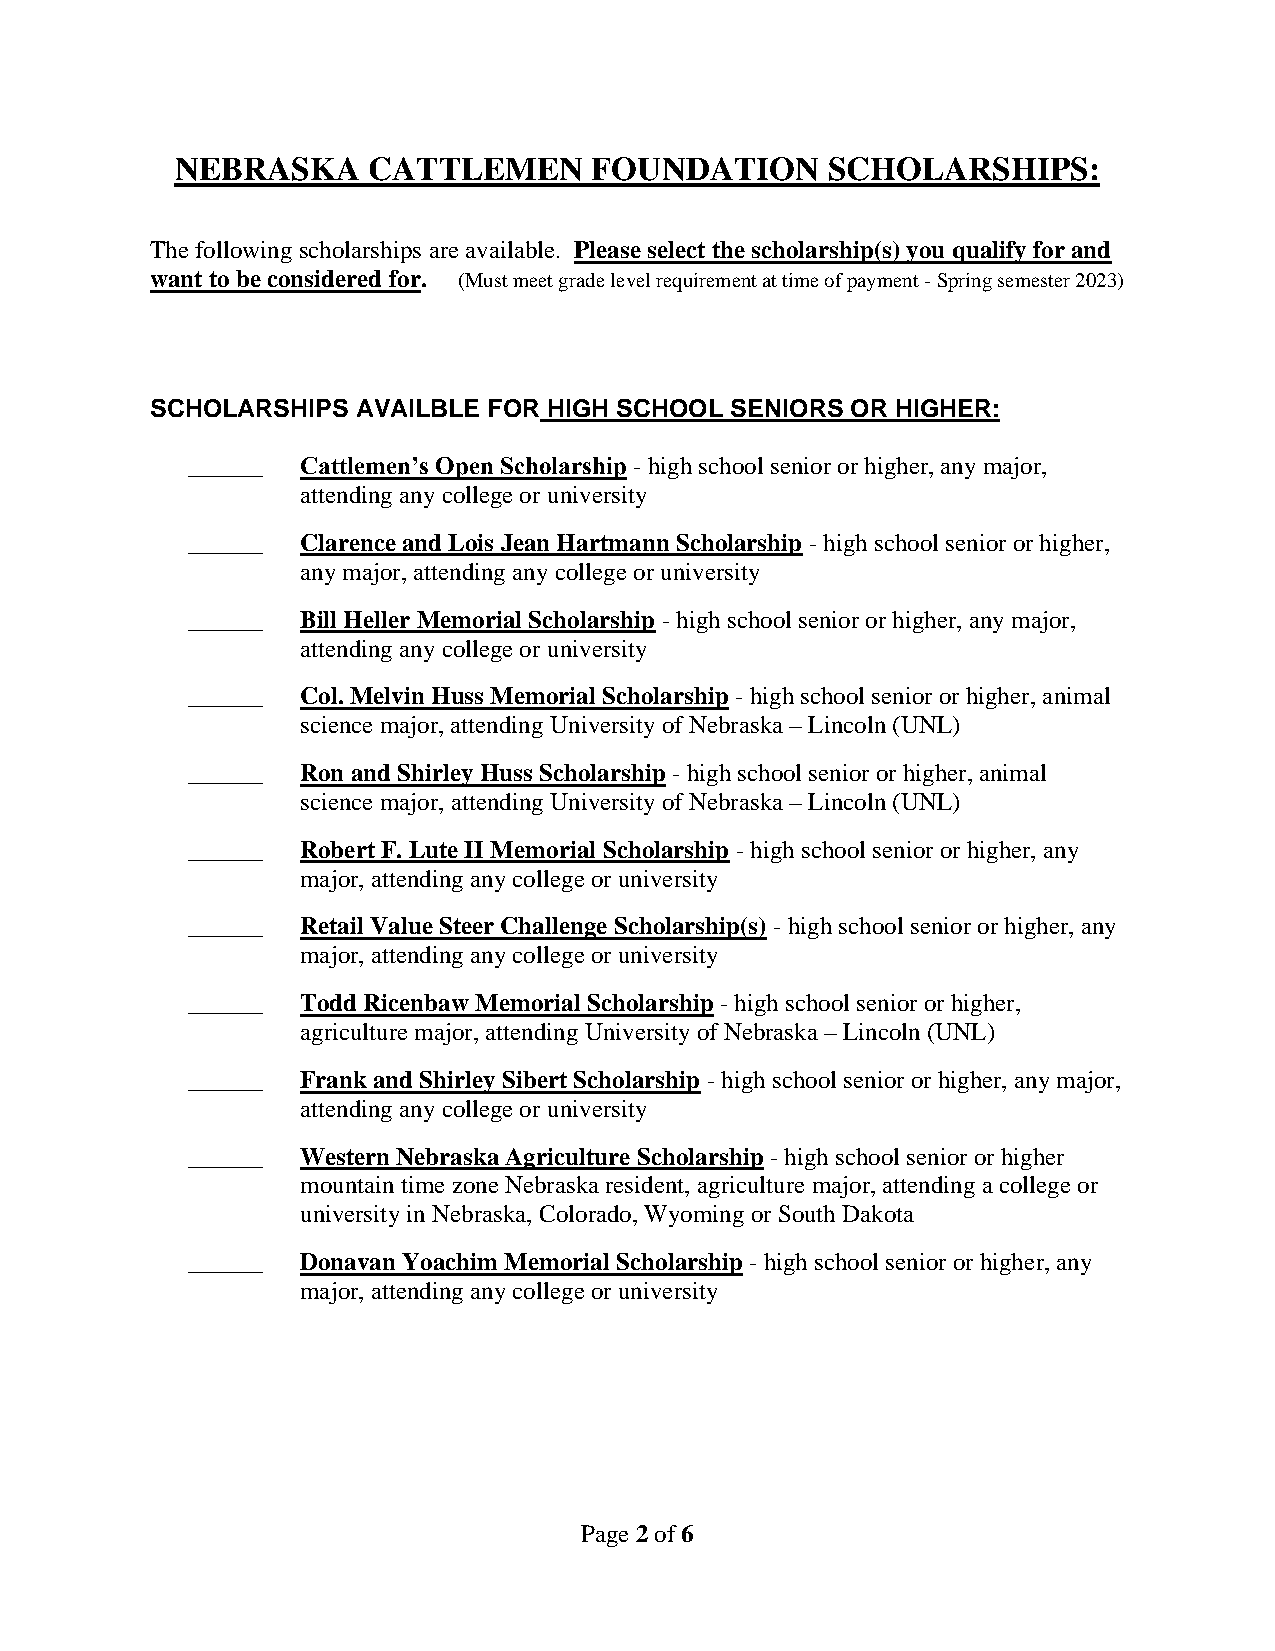
NEBRASKA    CATTLEMEN      FOUNDATION      SCHOLARSHIPS:
 The following scholarships are available. Please select the scholarship(s) you qualify for and
 want to be considered for. (Must meet grade level requirement at time of payment - Spring semester 2023)
 SCHOLARSHIPS  AVAILBLE FOR HIGH SCHOOL SENIORS OR HIGHER:
 ______  Cattlemen’s Open Scholarship - high school senior or higher, any major,
 attending any college or university
 ______  Clarence and Lois Jean Hartmann Scholarship - high school senior or higher,
 any major, attending any college or university
 ______  Bill Heller Memorial Scholarship - high school senior or higher, any major,
 attending any college or university
 ______  Col. Melvin Huss Memorial Scholarship - high school senior or higher, animal
 science major, attending University of Nebraska – Lincoln (UNL)
 ______  Ron and Shirley Huss Scholarship - high school senior or higher, animal
 science major, attending University of Nebraska – Lincoln (UNL)
 ______  Robert F. Lute II Memorial Scholarship - high school senior or higher, any
 major, attending any college or university
 ______  Retail Value Steer Challenge Scholarship(s) - high school senior or higher, any
 major, attending any college or university
 ______  Todd Ricenbaw Memorial Scholarship - high school senior or higher,
 agriculture major, attending University of Nebraska – Lincoln (UNL)
 ______  Frank and Shirley Sibert Scholarship - high school senior or higher, any major,
 attending any college or university
 ______  Western Nebraska Agriculture Scholarship - high school senior or higher
 mountain time zone Nebraska resident, agriculture major, attending a college or
 university in Nebraska, Colorado, Wyoming or South Dakota
 ______  Donavan Yoachim Memorial Scholarship - high school senior or higher, any
 major, attending any college or university
 Page 2 of 6